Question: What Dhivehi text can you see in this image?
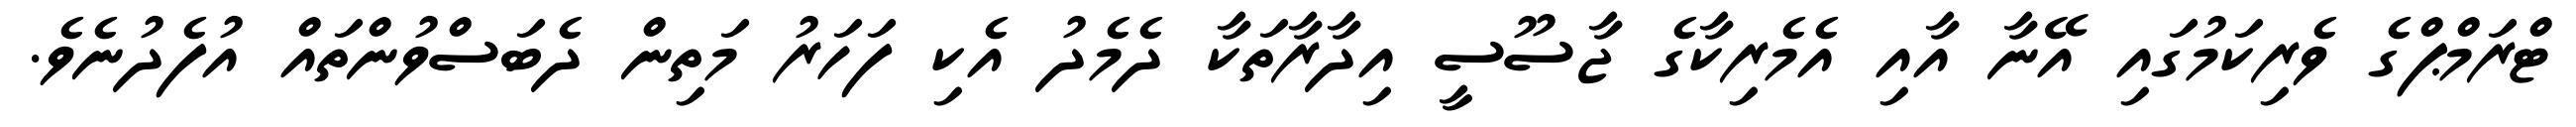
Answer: ޓްރަމްޕްގެ ވެރިކަމުގައި އޭނާ އާއި އެމެރިކާގެ ޖާސޫސީ އިދާރާތަކާ ދެމެދު އެކި ފަހަރު މަތިން ދެބަސްވުންތައް އުފެދުނެވެ.